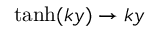
\operatorname { t a n h } ( k y ) \to k y